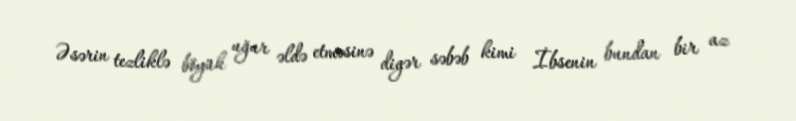
Əsərin tezliklə böyük uğur əldə etməsinə digər səbəb kimi İbsenin bundan bir az